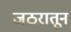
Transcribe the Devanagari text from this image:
जठरातून